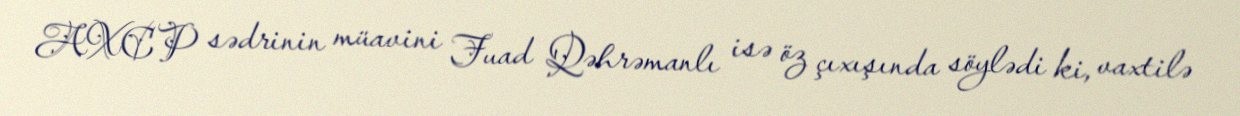
AXCP sədrinin müavini Fuad Qəhrəmanlı isə öz çıxışında söylədi ki, vaxtilə